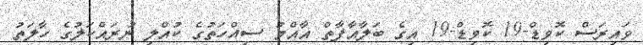
ވައިރަސް ކޮވިޑް-19 ކޮވިޑް-19 އިގެ ބަލާއާފާތް އާއްމު ސިއްހަތުގެ ކުއްލި ނުރައްކަލުގެ ހާލަތު